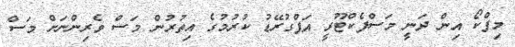
މިފްކޯ އިން ދަނީ މަސްފެކްޓޫރީ އަޕްގުރޭޑު ކުރުމުގެ އިތުރުން މަސް ވެރިންނަށް މަސް